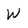
Character: W